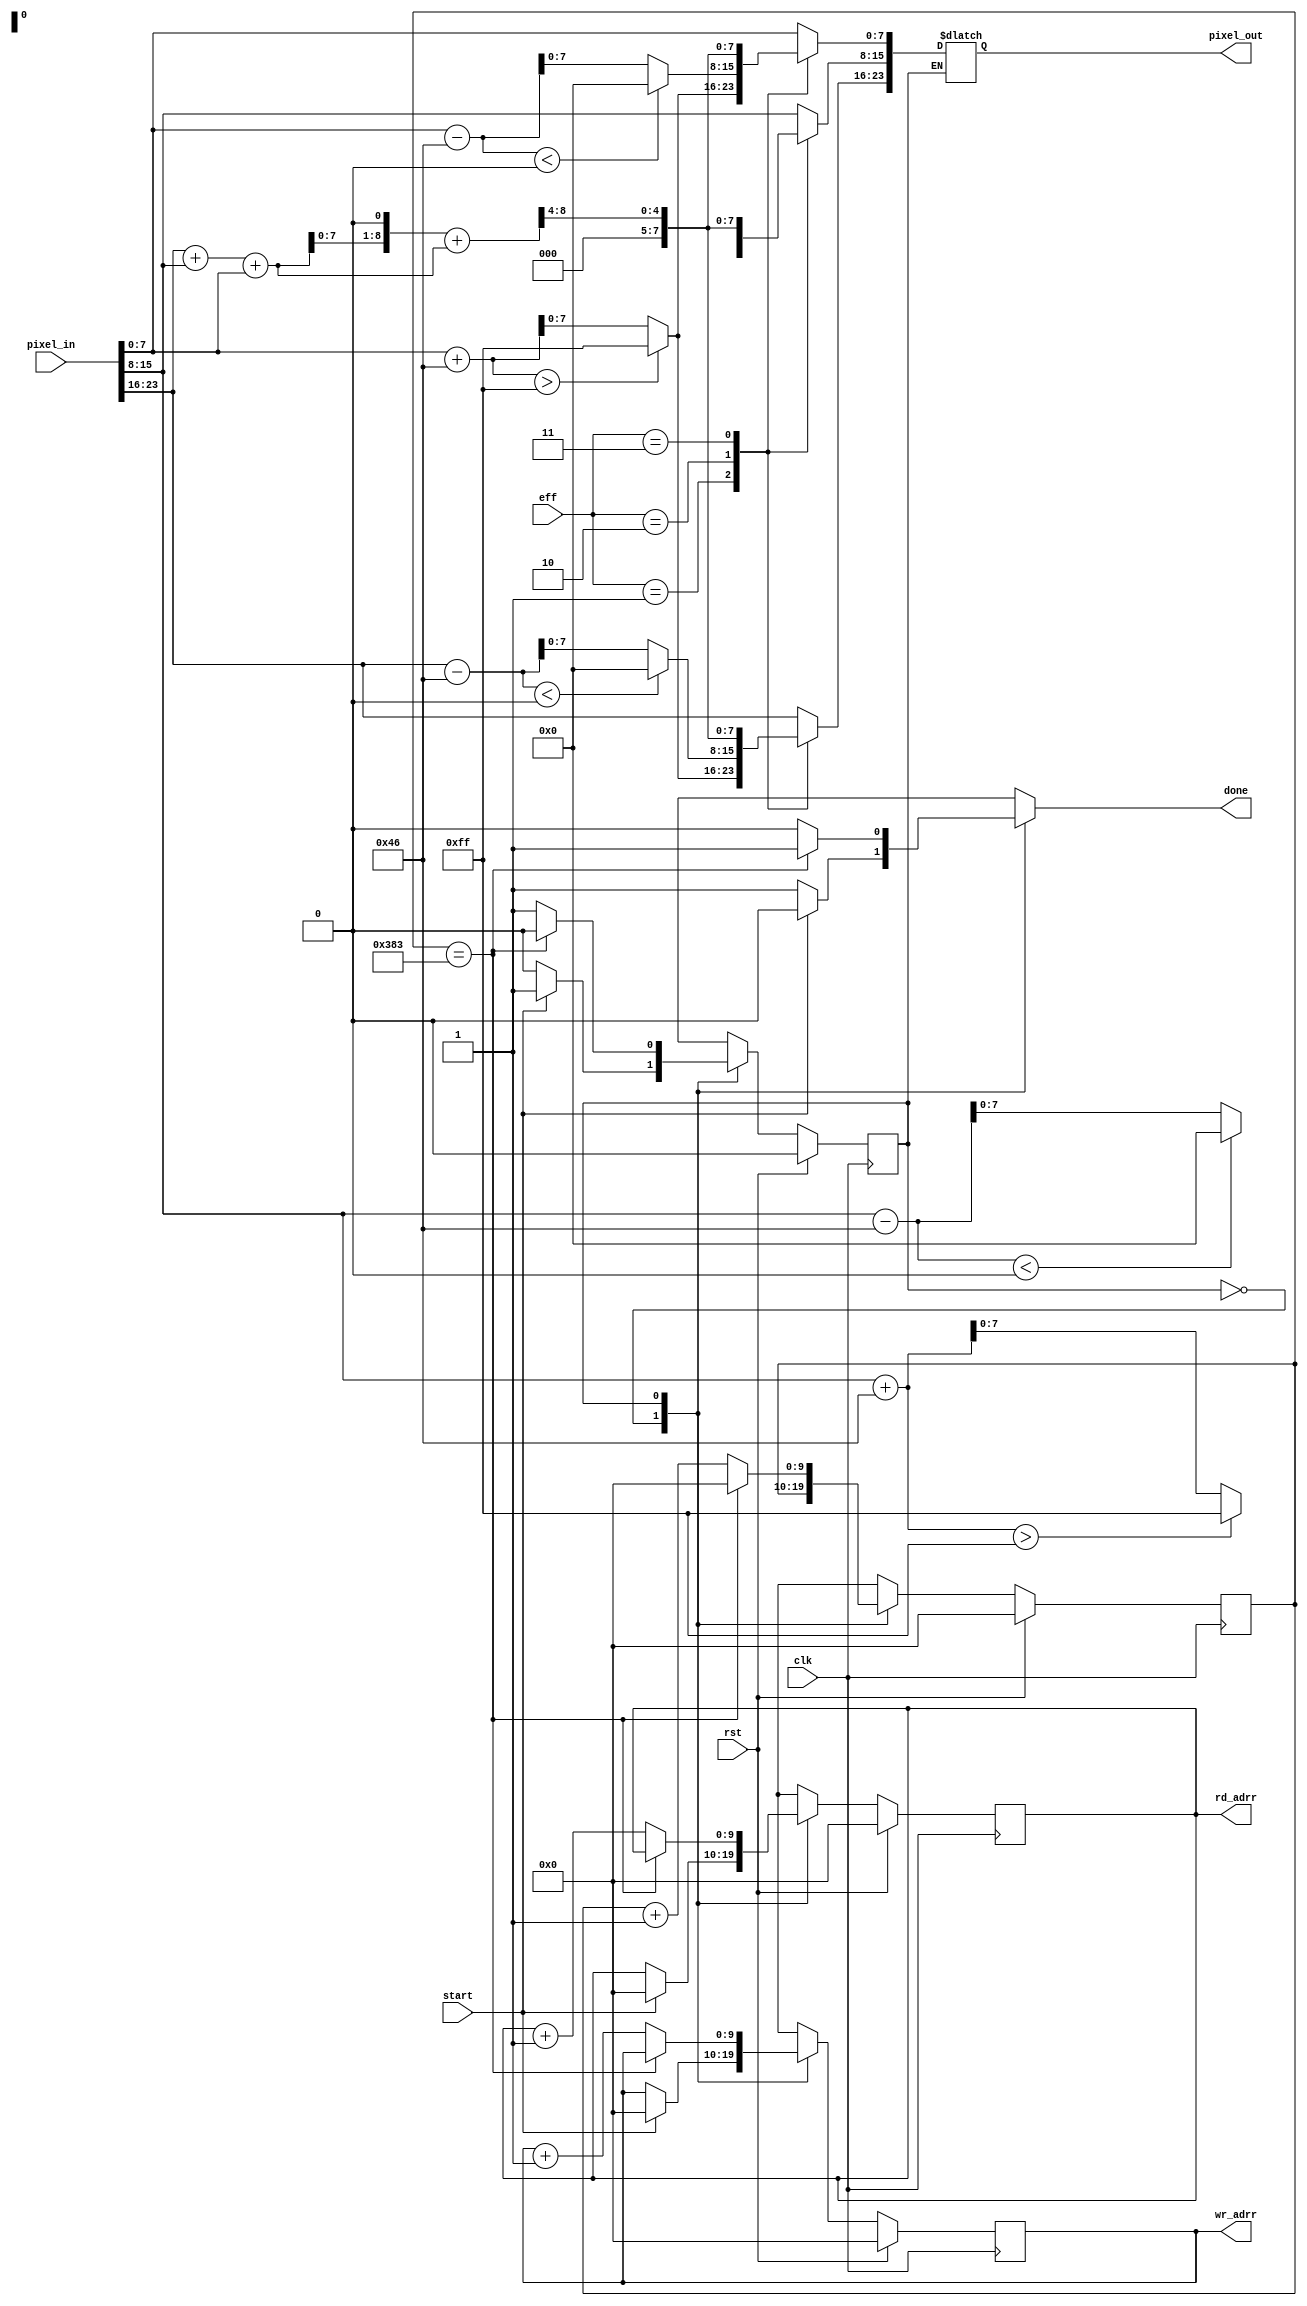
//  INFO.: Undergraduate ECE student, Alexandria university, Egypt.
//  AUTHOR'S EMAIL: majiidd17@icloud.com
//  TYPE: module.
//  KEYWORDS: Effects, Image Processing, Inversion, Brightness Control, RGB, Gray-scale.
//  PURPOSE: An RTL modelling for the Effects performed on the given image.

//-----------------Compiler Directives-----------------\\\\
`timescale 1ns/1ps
module effects
//-----------------Parameters-----------------\\\\
#(
    parameter VALUE = 70  // Brighten/Darken value
)
//-----------------Ports-----------------\\\\
(
    input         clk,
    input         rst,
    input         start,
    input  [1:0]  eff,            // effect selector
    input  [23:0] pixel_in,       // Input image data
    
    output reg [23:0] pixel_out,  // Output image data
    output reg        done,
    output [$clog2(900)-1:0] wr_adrr,  // output to the old data memory for the next pixel address to write
    output [$clog2(900)-1:0] rd_adrr   // output to the old data memory for the next pixel address to read
);
//-----------------Interconnects-----------------\\\\
reg crnt_st, nxt_st;
reg  [$clog2(900)-1:0] rd_address, rd_address_r;
reg  [$clog2(900)-1:0] wr_address, wr_address_r;
reg  [$clog2(900)-1:0] count, count_r;
reg  [7:0] temp;
reg  [8:0] stg_1;
wire [7:0] red, blue, green;
integer temp_r, temp_b, temp_g;

//-----------------Local Parameters-----------------\\\\
localparam NONE      = 2'h0,
           BRIGHTEN  = 2'h1,
           DARKEN    = 2'h2,
           INVERSION = 2'h3;
localparam IDLE   = 1'b0,
           ACTIVE = 1'b1;

//-----------------Separating Color Components-----------------\\\\
assign blue  = pixel_in[7:0];
assign green = pixel_in[15:8];
assign red   = pixel_in[23:16];

//-----------------Intializing Registers-----------------\\\\
always @(posedge clk) begin
    if (rst) begin
        rd_address_r <= 0;
        wr_address_r <= 0;
        count_r      <= 0;
        crnt_st      <= IDLE;
    end
    else begin
        rd_address_r <= rd_address;
        wr_address_r <= wr_address;
        count_r      <= count;
        crnt_st      <= nxt_st;
    end
end

//-----------------Effect Logic-----------------\\\\
always @* begin
    // default values
    rd_address  = rd_address_r;
    wr_address  = wr_address_r;
    count       = count_r;
    nxt_st      = crnt_st;
    done        = 1'b0;
    temp_r      = 0;
    temp_b      = 0;
    temp_g      = 0;
    temp        = 0;
    stg_1       = 0;
    
    case (crnt_st)
        IDLE : begin
            if (start) begin
                nxt_st        = ACTIVE;
                rd_address    = 0;
                wr_address    = 0;
                done          = 1'b0;
            end 
            else begin
                nxt_st        = IDLE;
                done          = 1'b1;
            end
        end

        ACTIVE : begin
            case (eff)
                NONE : begin
                    pixel_out = pixel_in;
                end

                BRIGHTEN : begin
                    temp_b = blue  + VALUE;
                    temp_g = green + VALUE;
                    temp_r = red   + VALUE;
                    if(temp_b > 255) pixel_out[7:0]   = 8'd255;
                    else             pixel_out[7:0]   = temp_b;
                    if(temp_g > 255) pixel_out[15:8]  = 8'd255;
                    else             pixel_out[15:8]  = temp_g;
                    if(temp_b > 255) pixel_out[23:16] = 8'd255;
                    else             pixel_out[23:16] = temp_b;
                end

                DARKEN : begin
                    temp_b = blue  - VALUE;
                    temp_g = green - VALUE;
                    temp_r = red   - VALUE;
                    if(temp_b < 0) pixel_out[7:0]   = 8'd0;
                    else           pixel_out[7:0]   = temp_b;
                    if(temp_g < 0) pixel_out[15:8]  = 8'd0;
                    else           pixel_out[15:8]  = temp_g;
                    if(temp_r < 0) pixel_out[23:16] = 8'd0;
                    else           pixel_out[23:16] = temp_r;
                end

                INVERSION : begin
                    stg_1 = ((red + green + blue) << 1) + (red + green + blue);
                    temp  = stg_1 >> 2;
                    pixel_out = {2'b00,temp[7:2],2'b00,temp[7:2],2'b00,temp[7:2]};
                end

                default: pixel_out = 24'bx;
            endcase

            if(count_r == 899) begin
                count  = 0;
                done   = 1'b1;
                nxt_st = IDLE;
            end
            else begin
                nxt_st     = ACTIVE;
                rd_address = rd_address_r + 1;
                wr_address = wr_address_r + 1;
                count      = count_r + 1;
                done       = 1'b0;
            end
        end
    endcase
end

//-----------------Output-----------------\\\\
assign wr_adrr  = wr_address_r;
assign rd_adrr  = rd_address_r;

endmodule